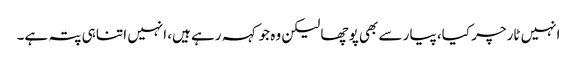
انہیں ٹارچر کیا، پیار سے بھی پوچھا لیکن وہ جو کہہ رہے ہیں، انہیں اتنا ہی پتہ ہے۔